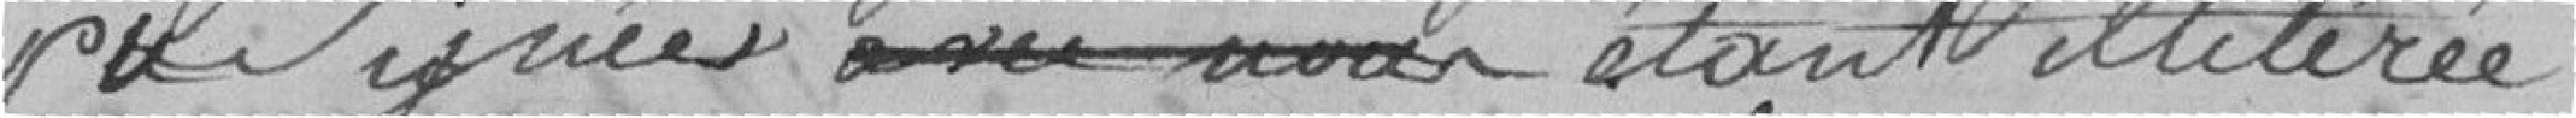
pu signer étant illettrée.